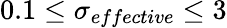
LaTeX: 0.1\leq\sigma_{effective}\leq 3